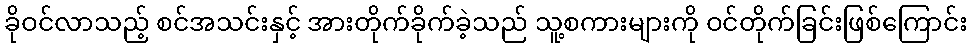
ခိုဝင်လာသည့် စင်အသင်းနှင့် အားတိုက်ခိုက်ခဲ့သည် သူ့စကားများကို ဝင်တိုက်ခြင်းဖြစ်ကြောင်း